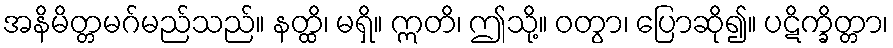
အနိမိတ္တမဂ်မည်သည်။ နတ္ထိ၊ မရှိ။ ဣတိ၊ ဤသို့။ ဝတွာ၊ ပြောဆို၍။ ပဋိက္ခိတ္တာ၊